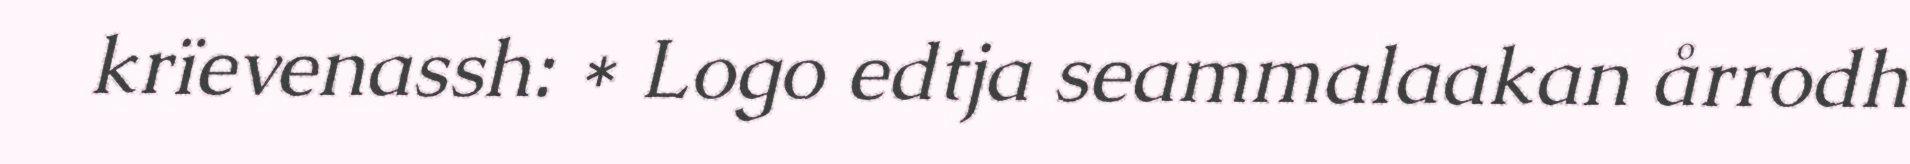
krïevenassh: * Logo edtja seammalaakan årrodh